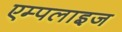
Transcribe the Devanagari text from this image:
एम्पलाइज